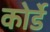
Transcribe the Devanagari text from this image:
कोर्डे